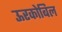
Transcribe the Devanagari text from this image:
ऊरकोबिल